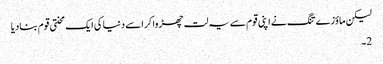
لیکن ماؤزے تنگ نے اپنی قوم سے یہ لت چھڑوا کر اسے دنیا کی ایک محنتی قوم بنادیا
2۔